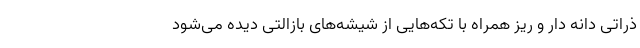
ذراتی دانه دار و ریز همراه با تکه‌هایی از شیشه‌های بازالتی دیده می‌شود